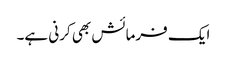
ایک فرمائش بھی کرنی ہے۔